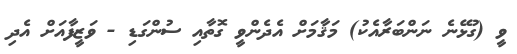
ވީ (ގުޅޭނެ ނަންބަރާއެކު) މަޤާމަށް އެދެންވީ ގޮތާއި ސުންގަޑި - ވަޒީފާއަށް އެދި